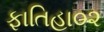
ફાતિહા૦૨